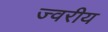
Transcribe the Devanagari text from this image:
ज्वरीय